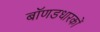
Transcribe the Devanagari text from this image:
बॉणडधारकों